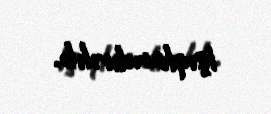
işıqlandırılıb.